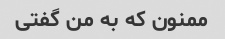
ممنون که به من گفتی